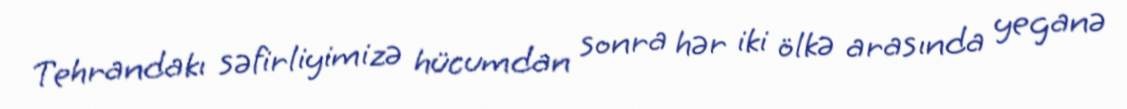
Tehrandakı səfirliyimizə hücumdan sonra hər iki ölkə arasında yeganə